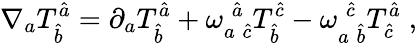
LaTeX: \nabla_{a}T_{\hat{b}}^{\hat{a}}=\partial_{a}T_{\hat{b}}^{\hat{a}}+{\omega}_{a\; \hat{c}}^{\; \hat{a}}T_{\hat{b}}^{\hat{c}}-{\omega}_{a\; \hat{b}}^{\; \hat{c}}T_{\hat{c}}^{\hat{a}}\; ,